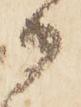
候